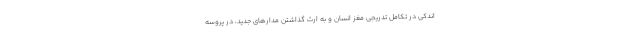
اندکی در تکامل تدریجی مغز انسان و به ارث گذاشتن مدارهای جدید، در پروسه